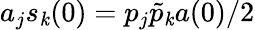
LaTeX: a_{j}s_{\mathit{k}}(0)=p_{j}\tilde{{p}}_{\mathit{k}}a(0)/2